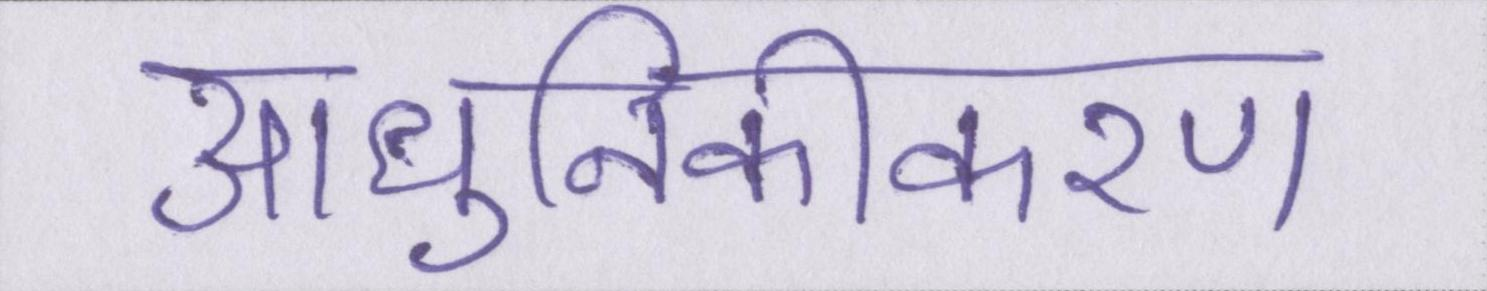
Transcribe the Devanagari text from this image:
आधुनिकीकरण